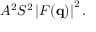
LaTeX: A ^ { 2 } S ^ { 2 } \left| F ( \mathbf { q } ) \right| ^ { 2 } .